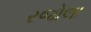
રજોલા